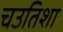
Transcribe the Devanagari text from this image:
चउतिशा